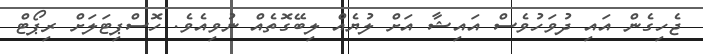
ޖެހިގެން އައި ދުވަހުވެސް އައިޝާ އަށް ލުޔެއް ލިބޭގޮތެއް ނުވިއެވެ. ހޮސްޕިޓަލަށް ރިޕޯޓް